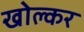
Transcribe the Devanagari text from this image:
खोल्कर